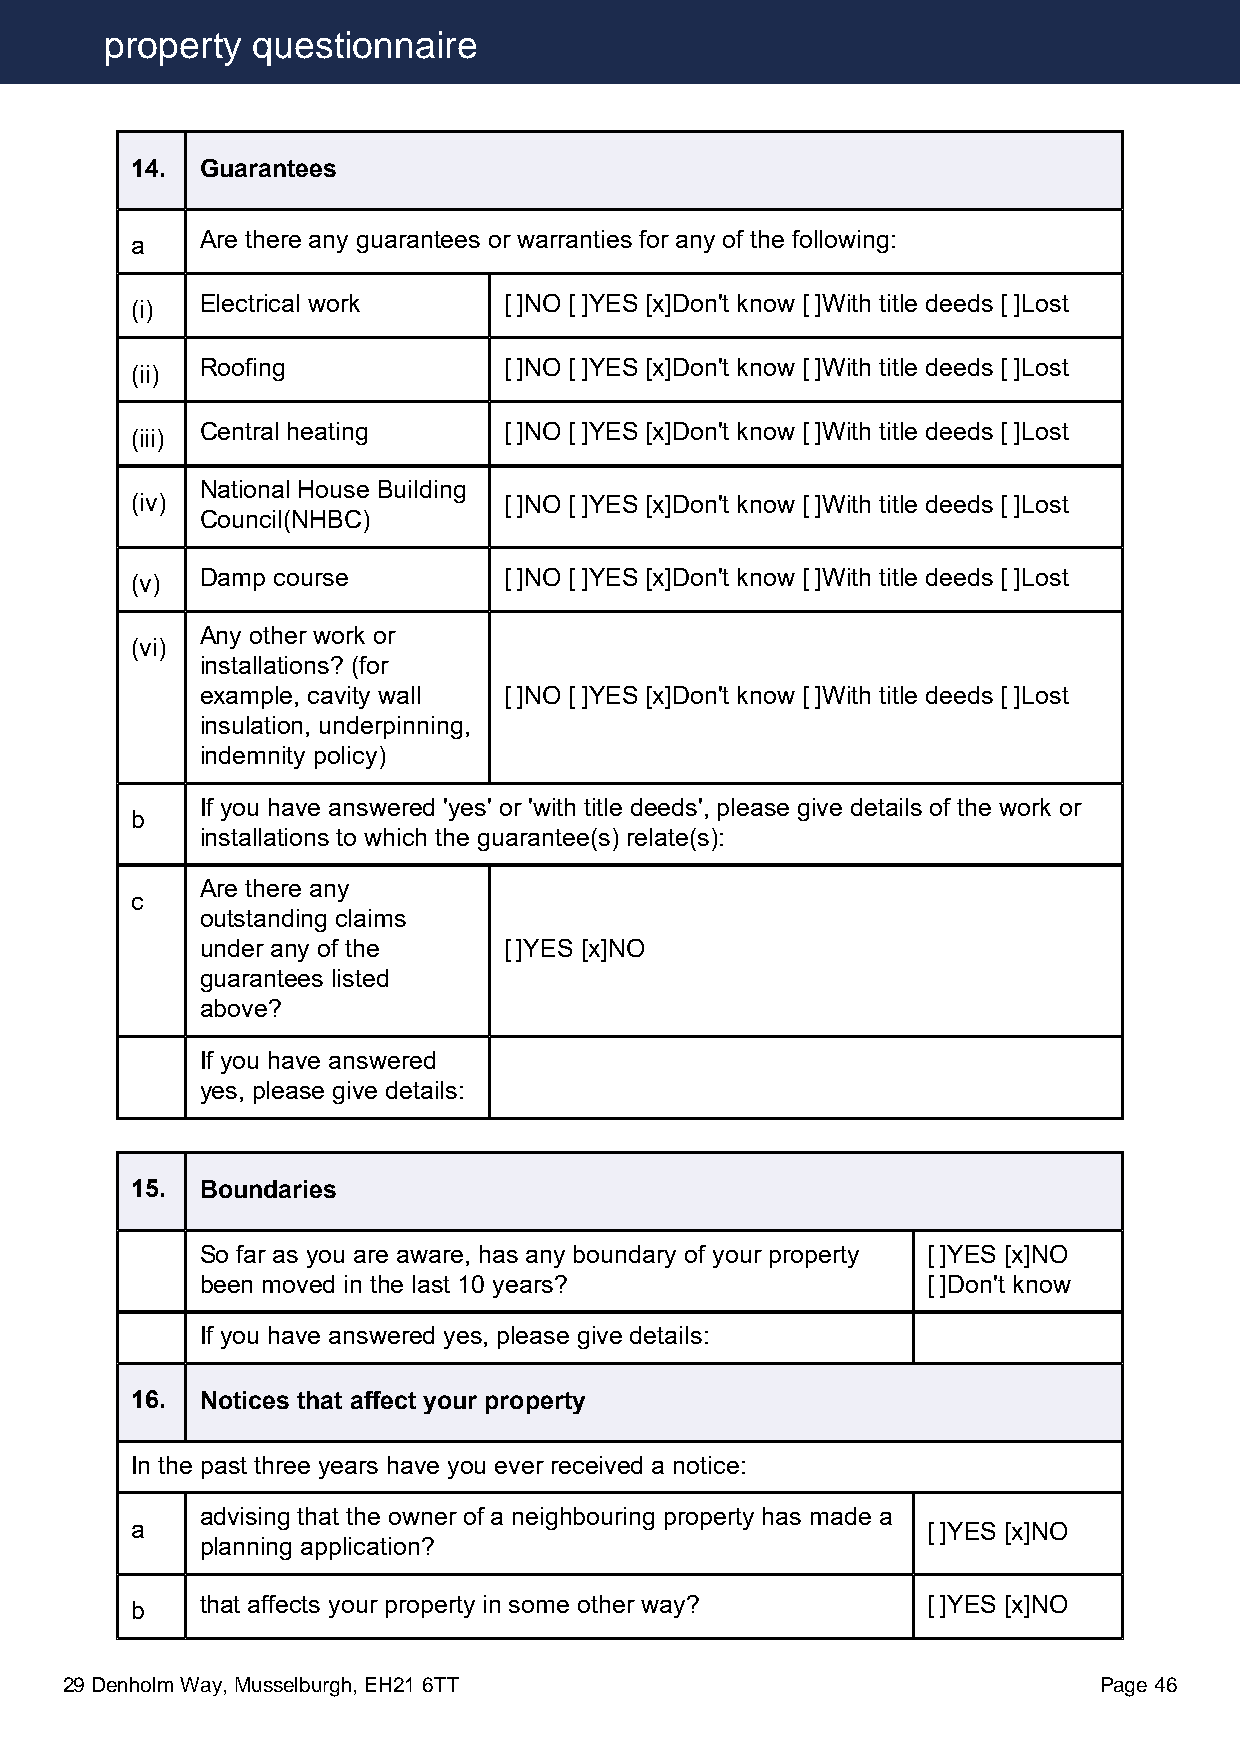
property  questionnaire
 14. Guarantees
 a   Are there any guarantees or warranties for any of the following:
 (i) Electrical work     [ ]NO [ ]YES [x]Don't know [ ]With title deeds [ ]Lost
 (ii) Roofing            [ ]NO [ ]YES [x]Don't know [ ]With title deeds [ ]Lost
 (iii) Central heating   [ ]NO [ ]YES [x]Don't know [ ]With title deeds [ ]Lost
 National House Building
 (iv)                    [ ]NO [ ]YES [x]Don't know [ ]With title deeds [ ]Lost
 Council(NHBC)
 (v) Damp course         [ ]NO [ ]YES [x]Don't know [ ]With title deeds [ ]Lost
 Any other work or
 (vi)
 installations? (for
 example, cavity wall [ ]NO [ ]YES [x]Don't know [ ]With title deeds [ ]Lost
 insulation, underpinning,
 indemnity policy)
 If you have answered 'yes' or 'with title deeds', please give details of the work or
 b
 installations to which the guarantee(s) relate(s):
 Are there any
 c
 outstanding claims
 under any of the    [ ]YES [x]NO
 guarantees listed
 above?
 If you have answered
 yes, please give details:
 15. Boundaries
 So far as you are aware, has any boundary of your property [ ]YES [x]NO
 been moved in the last 10 years?                [ ]Don't know
 If you have answered yes, please give details:
 16. Notices that affect your property
 In the past three years have you ever received a notice:
 advising that the owner of a neighbouring property has made a
 a                                                   [ ]YES [x]NO
 planning application?
 b   that affects your property in some other way?   [ ]YES [x]NO
 29 Denholm Way, Musselburgh, EH21 6TT                                Page 46